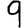
Digit: 9